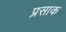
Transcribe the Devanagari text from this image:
प्रसाक